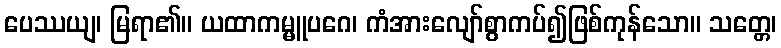
ပေဿယျ၊ မြရာ၏။ ယထာကမ္မူပဂေ၊ ကံအားလျော်စွာကပ်၍ဖြစ်ကုန်သော။ သတ္တေ၊